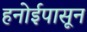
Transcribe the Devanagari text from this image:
हनोईपासून